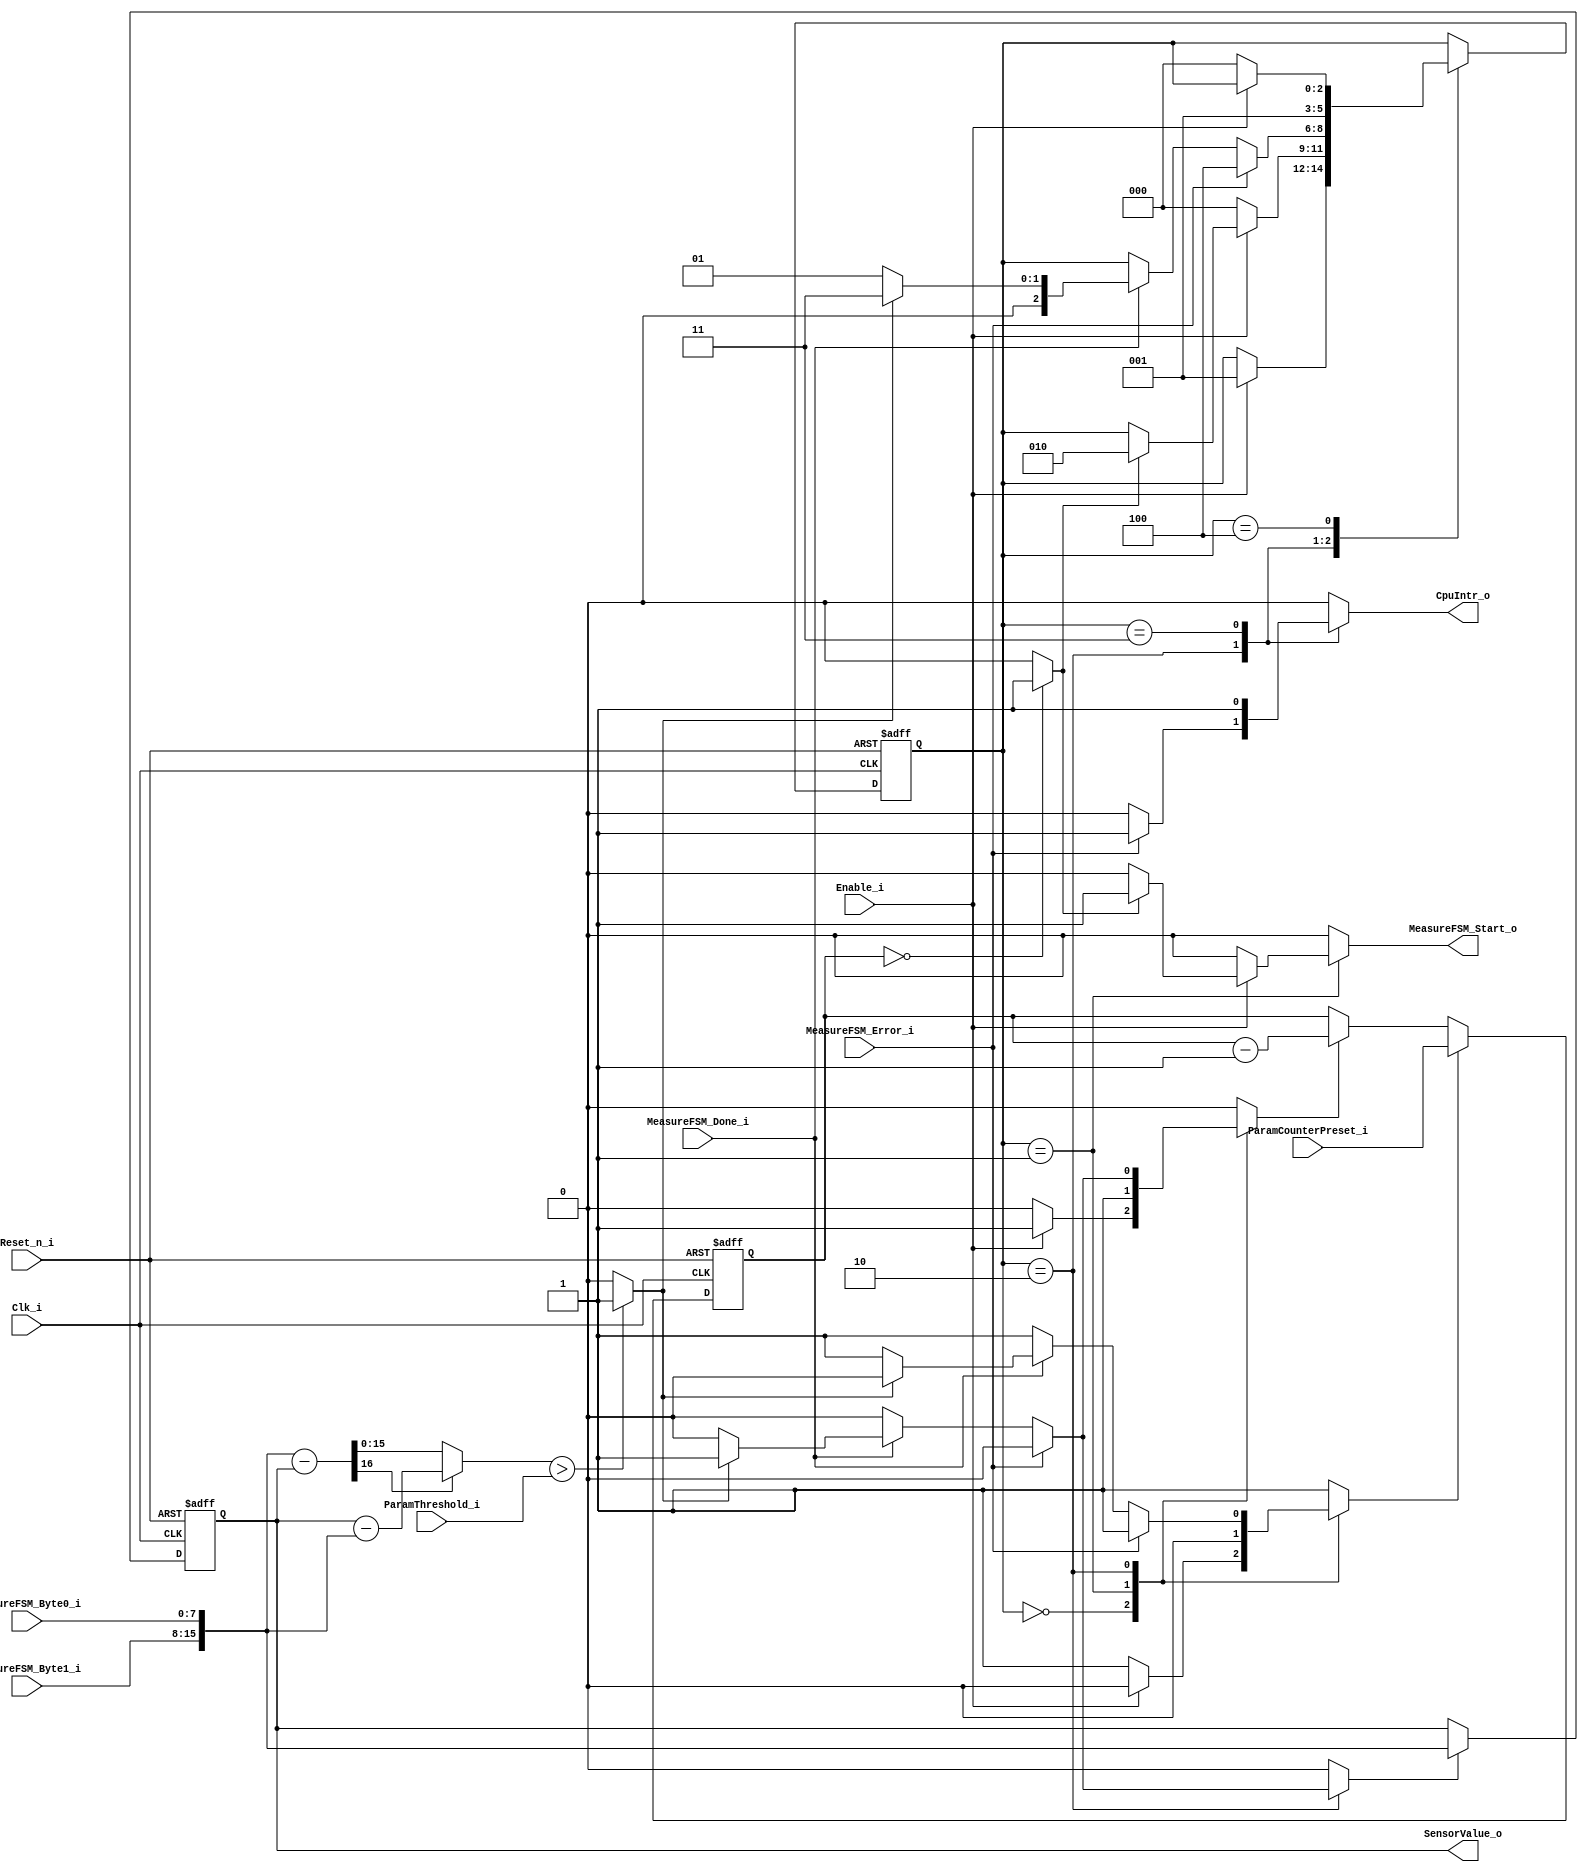
module SensorFSM #(
  parameter DataWidth = 8
) (
  input                        Reset_n_i,
  input                        Clk_i,
  // top level
  input                        Enable_i,
  output reg                   CpuIntr_o,
  output     [2*DataWidth-1:0] SensorValue_o,
  // to/from Measure-FSM
  output reg                   MeasureFSM_Start_o,
  input                        MeasureFSM_Done_i,
  input                        MeasureFSM_Error_i,
  input     [DataWidth-1:0]    MeasureFSM_Byte0_i,
  input     [DataWidth-1:0]    MeasureFSM_Byte1_i,
  // parameters
  input [2*DataWidth-1:0]      ParamThreshold_i,
  input [2*DataWidth-1:0]      ParamCounterPreset_i
);

  // Sensor FSM
  localparam stDisabled   = 3'b000;
  localparam stIdle       = 3'b001;
  localparam stXfer       = 3'b010;
  localparam stNotify     = 3'b011;
  localparam stError      = 3'b100;
  reg  [2:0]             SensorFSM_State;
  reg  [2:0]             SensorFSM_NextState;
  wire                   SensorFSM_TimerOvfl;
  reg                    SensorFSM_TimerPreset;
  reg                    SensorFSM_TimerEnable;
  wire                   SensorFSM_DiffTooLarge;
  reg                    SensorFSM_StoreNewValue;
  /////////////////////////////////////////////////////////////////////////////
  // Word Arithmetic
  // interconnecting signals
  wire [2*DataWidth-1:0] SensorValue;
  reg  [2*DataWidth-1:0] Word0;
  wire [2*DataWidth-1:0] AbsDiffResult;

  /////////////////////////////////////////////////////////////////////////////
  // FSM //////////////////////////////////////////////////////////////////////
  /////////////////////////////////////////////////////////////////////////////

  always @(negedge Reset_n_i or posedge Clk_i)
  begin
    if (!Reset_n_i)
    begin
      SensorFSM_State <= stDisabled;
    end
    else
    begin
      SensorFSM_State <= SensorFSM_NextState;
    end  
  end

  always @(SensorFSM_State, Enable_i, SensorFSM_TimerOvfl, MeasureFSM_Done_i, MeasureFSM_Error_i, SensorFSM_DiffTooLarge)
  begin  // process SensorFSM_CombProc
    SensorFSM_NextState     = SensorFSM_State;
    // control signal default values
    SensorFSM_TimerPreset   = 1'b1;
    SensorFSM_TimerEnable   = 1'b0;
    MeasureFSM_Start_o      = 1'b0;
    SensorFSM_StoreNewValue = 1'b0;
    CpuIntr_o               = 1'b0;
    // next state and output logic
    case (SensorFSM_State)
      stDisabled: begin
        if (Enable_i == 1'b1)
        begin
          SensorFSM_NextState     = stIdle;
          SensorFSM_TimerPreset   = 1'b0;
          SensorFSM_TimerEnable   = 1'b1;  // start timer
        end
      end
      stIdle: begin
        SensorFSM_TimerPreset   = 1'b0;
        SensorFSM_TimerEnable   = 1'b1;  // timer running
        if (Enable_i == 1'b0)
        begin
          SensorFSM_NextState     = stDisabled;
        end
        else
        if (SensorFSM_TimerOvfl == 1'b1)
        begin
          SensorFSM_NextState     = stXfer;
          MeasureFSM_Start_o      = 1'b1;
        end
      end
      stXfer: begin
        if (MeasureFSM_Error_i == 1'b1)
        begin
          // on I2C Error go to state "stError" and notify the CPU
          SensorFSM_NextState     = stError;
          CpuIntr_o               = 1'b1;  // notify CPU
        end
        else if (MeasureFSM_Done_i == 1'b1)
        begin
          if (SensorFSM_DiffTooLarge == 1'b1)
          begin
            SensorFSM_NextState     = stNotify;
            SensorFSM_TimerPreset   = 1'b0;
            SensorFSM_TimerEnable   = 1'b1;  // timer running
            SensorFSM_StoreNewValue = 1'b1;  // store new value
          end
          else
          begin
            SensorFSM_NextState     = stIdle;
          end
        end
      end
      stNotify: begin
        SensorFSM_TimerPreset   = 1'b1;
        SensorFSM_TimerEnable   = 1'b0;  // preset timer
        SensorFSM_NextState     = stIdle;
        CpuIntr_o               = 1'b1;  // notify CPU
      end
      stError: begin
        // stay in this error state until the FSM is disabled
        if (Enable_i == 1'b0)
        begin
          SensorFSM_NextState     = stDisabled;
        end
      end
      default: begin
      end
    endcase
  end 

  /////////////////////////////////////////////////////////////////////////////
  // Word Arithmetic //////////////////////////////////////////////////////////
  /////////////////////////////////////////////////////////////////////////////

  reg [2*DataWidth-1:0] SensorFSM_Timer;
  
  always @(negedge Reset_n_i or posedge Clk_i)
  begin
    if (!Reset_n_i)
    begin
      SensorFSM_Timer <= 16'd0;
    end
    else
    begin
      if (SensorFSM_TimerPreset)
      begin
        SensorFSM_Timer <= ParamCounterPreset_i;
      end
      else if (SensorFSM_TimerEnable)
      begin
        SensorFSM_Timer <= SensorFSM_Timer - 1'b1;
      end
    end  
  end

  assign SensorFSM_TimerOvfl = (SensorFSM_Timer == 0) ? 1'b1 : 1'b0;

  assign SensorValue = {MeasureFSM_Byte1_i, MeasureFSM_Byte0_i};

  always @(negedge Reset_n_i or posedge Clk_i)
  begin
    if (!Reset_n_i)
    begin
      Word0 <= 16'd0;
    end
    else
    begin
      if (SensorFSM_StoreNewValue)
      begin
        Word0 <= SensorValue;
      end
    end  
  end

  wire [2*DataWidth   : 0] DiffAB;
  wire [2*DataWidth-1 : 0] DiffBA;
  assign DiffAB = {1'b0, SensorValue} - {1'b0, Word0};
  assign DiffBA =        Word0        -        SensorValue;
  assign AbsDiffResult = DiffAB[2*DataWidth] ? DiffBA : DiffAB[2*DataWidth-1 : 0];

  assign SensorFSM_DiffTooLarge = (AbsDiffResult > ParamThreshold_i) ? 1'b1 : 1'b0;

  assign SensorValue_o = Word0;

endmodule